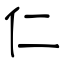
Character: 仁